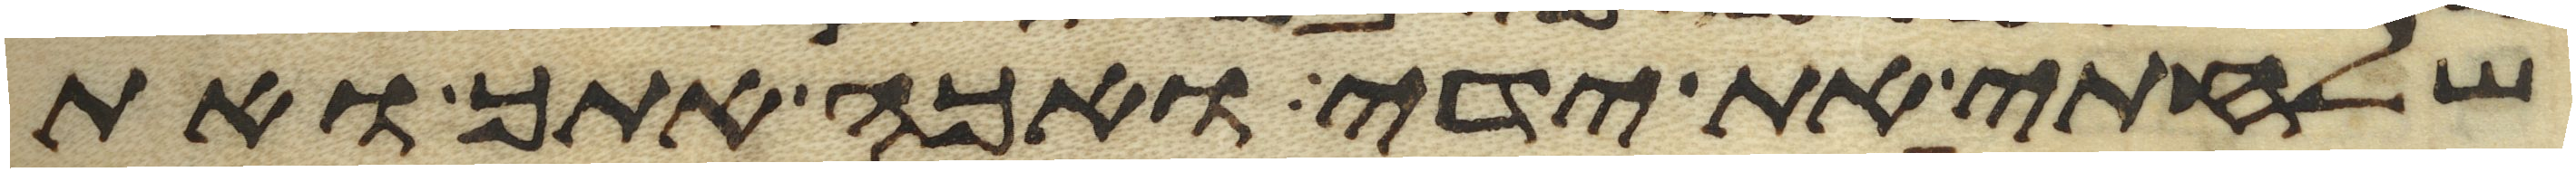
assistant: שלחתי את ידי ואכה אתך ואת